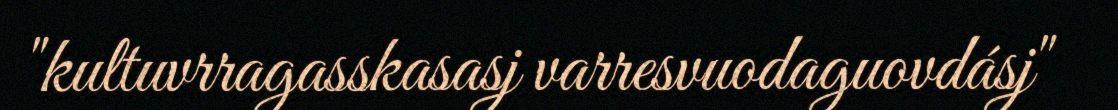
"kultuvrragasskasasj varresvuodaguovdásj"